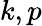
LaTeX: k,p